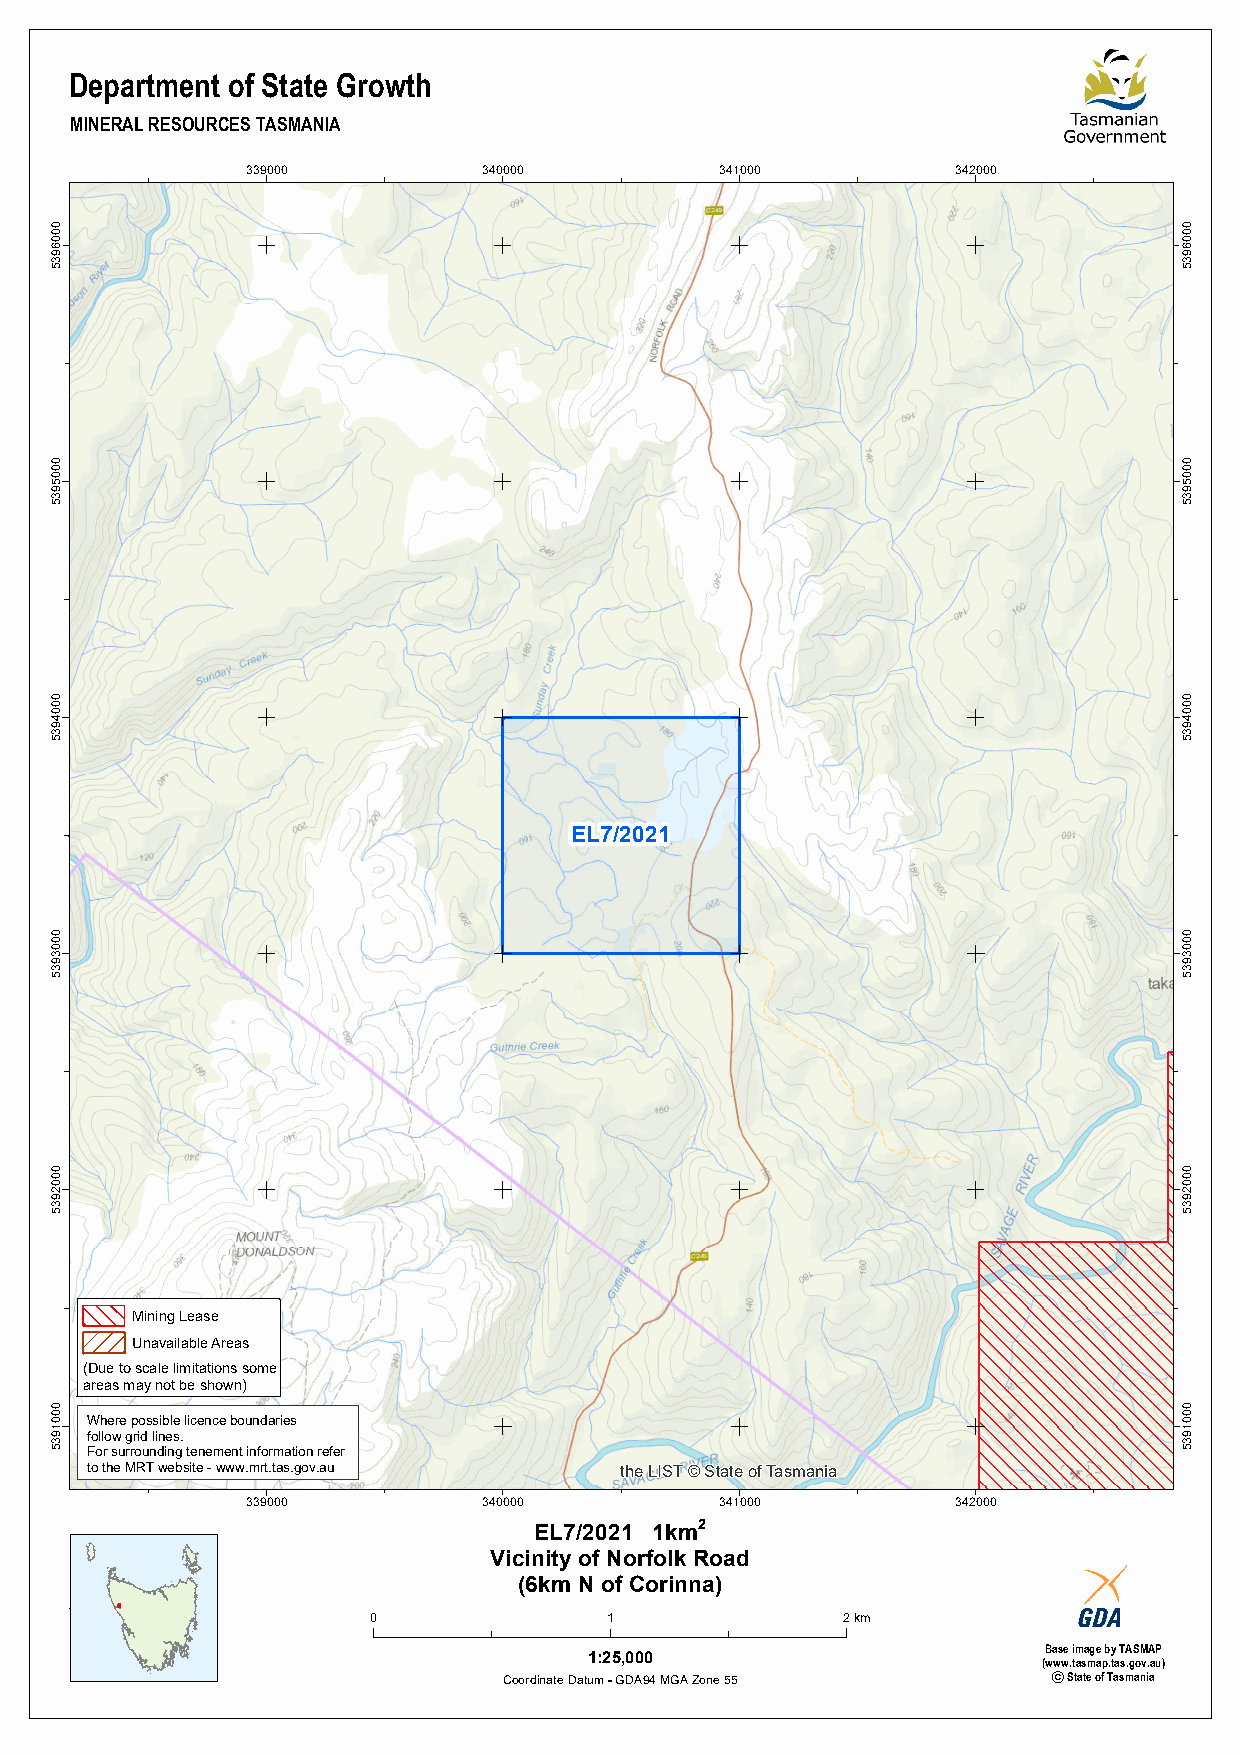
Department of State Growth
 MINERAL RESOURCES TASMANIA
 339000          340000          341000         342000
 EL7/2021
 Mining Lease
 Unavailable Areas
 (Due to scale limitations some
 areas may not be shown)
 Where possible licence boundaries
 follow grid lines.
 For surrounding tenement information refer
 to the MRT website - www.mrt.tas.gov.au the LIST© State of Tasmania
 339000          340000          341000         342000
 EL7/2021 1km2
 Vicinity of Norfolk Road
 (6km N of Corinna)
 0               1               2km
 Base image by TASMAP
 1:25,000
 (www.tasmap.tas.gov.au)
 Coordinate Datum - GDA94 MGA Zone 55 · State of Tasmania
 0006935
 0005935
 0004935
 0003935
 0002935
 0001935
 0006935
 0005935
 0004935
 0003935
 0002935
 0001935